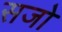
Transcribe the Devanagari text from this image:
सजो